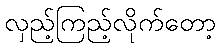
လှည့်ကြည့်လိုက်တော့